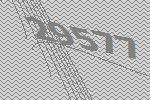
29577